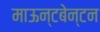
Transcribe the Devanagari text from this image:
माऊन्टबेन्टन